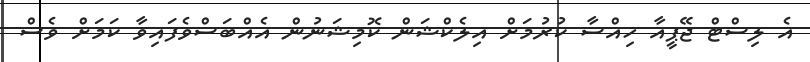
އެ ލިސްޓް ޖޭޕީއާ ހިއްސާ ކުރުމަށް އިލެކްޝަން ކޮމިޝަނުން އެއްބަސްވެފައިވާ ކަމަށް ވެސް